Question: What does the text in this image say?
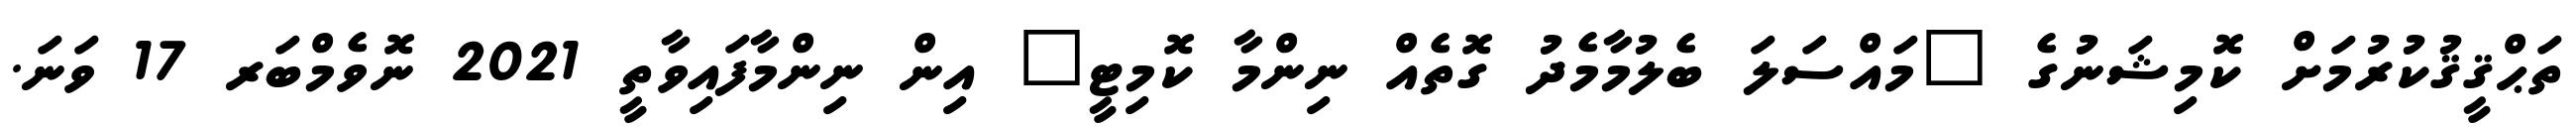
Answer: ތަޙްޤީޤުކުރުމަށް ކޮމިޝަނުގެ "މައްސަލަ ބެލުމާމެދު ގޮތެއް ނިންމާ ކޮމިޓީ" އިން ނިންމާފައިވާތީ 2021 ނޮވެމްބަރ 17 ވަނަ.